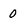
Character: 0